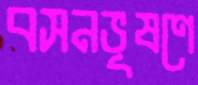
বসনভূষণে